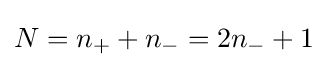
N=n_{+}+n_{-}=2n_{-}+1